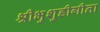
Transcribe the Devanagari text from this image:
श्रीभुशुडीगीता